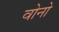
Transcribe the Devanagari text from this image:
वोनो